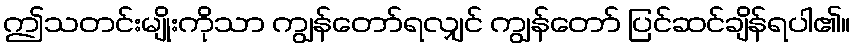
ဤသတင်းမျိုးကိုသာ ကျွန်တော်ရလျှင် ကျွန်တော် ပြင်ဆင်ချိန်ရပါ၏။